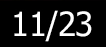
11/23